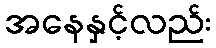
အနေနှင့်လည်း